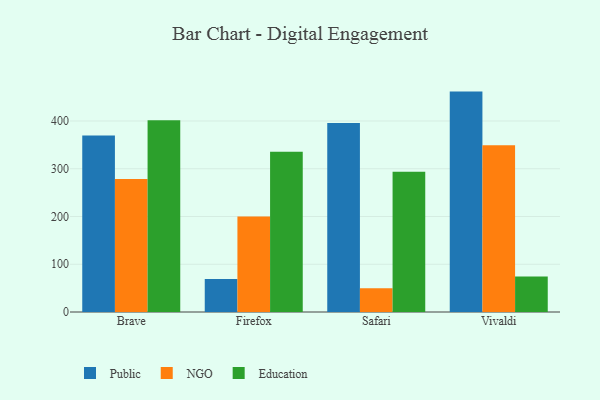
{"axis": {"x": "Browser", "y": "Satisfaction Score"}, "legend": ["Education", "NGO", "Public"], "data": [{"x": "Brave", "y": 369.5, "type": "Public"}, {"x": "Brave", "y": 278.5, "type": "NGO"}, {"x": "Brave", "y": 401.5, "type": "Education"}, {"x": "Firefox", "y": 68.9, "type": "Public"}, {"x": "Firefox", "y": 200.1, "type": "NGO"}, {"x": "Firefox", "y": 335.4, "type": "Education"}, {"x": "Safari", "y": 395.6, "type": "Public"}, {"x": "Safari", "y": 49.9, "type": "NGO"}, {"x": "Safari", "y": 293.5, "type": "Education"}, {"x": "Vivaldi", "y": 461.6, "type": "Public"}, {"x": "Vivaldi", "y": 349.0, "type": "NGO"}, {"x": "Vivaldi", "y": 74.4, "type": "Education"}]}